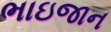
ભાઇજાન